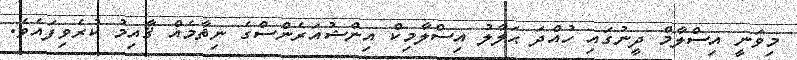
މިވަނީ އިސްލާމް ދީނުގައި ހުއްދަ ޙަލާލު އިސްލާމިކް އިންޝުއަރެންސްގެ ނިޡާމެއް ޤާއިމު ކުރެވިފައެވެ.